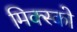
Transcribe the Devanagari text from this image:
मिक्स्को